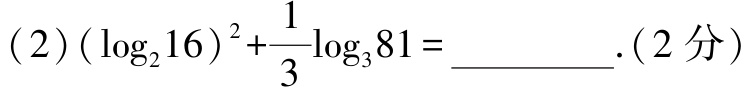
\((2)(\log_{2}16)^{2}+\frac{1}{3}\log_{3}81 = \_\_\_\_\_\_.(2分)\)